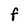
Character: F